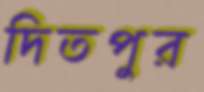
দিতপুর